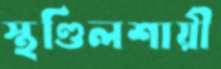
স্থণ্ডিলশায়ী